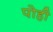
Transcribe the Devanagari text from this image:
पोही